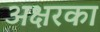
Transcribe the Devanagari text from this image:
अक्षरका